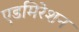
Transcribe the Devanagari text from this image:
एडमिरेशन